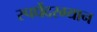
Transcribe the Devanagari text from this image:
स्पर्धेेदरम्यान